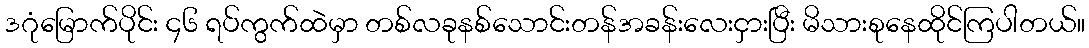
ဒဂုံမြောက်ပိုင်း ၄၆ ရပ်ကွက်ထဲမှာ တစ်လခုနစ်သောင်းတန်အခန်းလေးငှားပြီး မိသားစုနေထိုင်ကြပါတယ်။